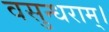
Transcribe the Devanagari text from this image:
वसुन्धराम्।